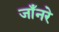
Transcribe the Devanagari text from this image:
जाँनरे